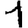
Digit: 1